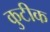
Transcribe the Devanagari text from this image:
कुटीक